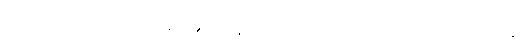
ဖောက်သည်များ၏ အကြံပြုချက်များကို နားထောင်ပြီး သင့်လုပ်ငန်းကို ဖွံ့ဖြိုးတိုးတက်ရန်နှင့်